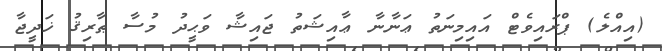
(އިއްލެ) ޕްރައިވެޓް އައިމިނަތު ޢަނާނާ ޢާއިޝަތު ޖައިޝާ ވަޙީދު މުސާ ޠާރިޤު ޚަދީޖާ